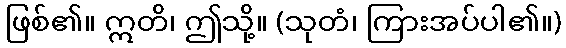
ဖြစ်၏။ ဣတိ၊ ဤသို့။ (သုတံ၊ ကြားအပ်ပါ၏။)